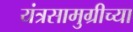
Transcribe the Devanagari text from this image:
यंत्रसामुग्रीच्या